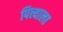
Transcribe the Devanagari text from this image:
पित्त्याला